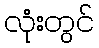
လုံးတွင်